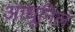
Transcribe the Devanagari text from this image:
आधूनिल